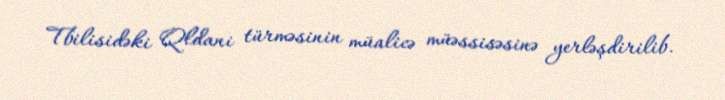
Tbilisidəki Qldani türməsinin müalicə müəssisəsinə yerləşdirilib.